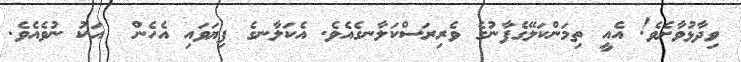
ވިދާޅުވާށެވެ! އެއީ ތިމަންކަލޭގެފާނުގެ ވެރިރަސްކަލާނގެއެވެ. އެކަލާނގެ ފިޔަވައި އެހެން  އަކު ނުވެއެވެ.